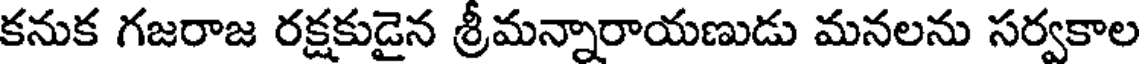
కనుక గజరాజ రక్షకుడైన శ్రీమన్నారాయణుడు మనలను సర్వకాల